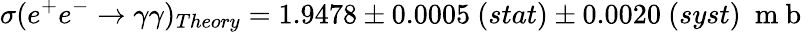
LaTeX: \sigma(e^{+}e^{-}\rightarrow\gamma\gamma)_{Theory}=1.9478\pm 0.0005\ (stat)\pm 0.0020\ (syst)\ \mathrm{~m~b~}